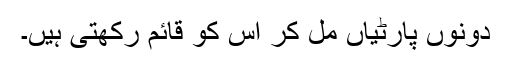
دونوں پارٹیاں مل کر اس کو قائم رکھتی ہیں۔